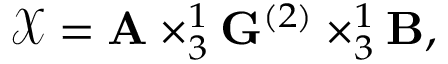
\mathcal { X } = \mathbf { A } \times _ { 3 } ^ { 1 } \mathbf { G } ^ { ( 2 ) } \times _ { 3 } ^ { 1 } \mathbf { B } ,